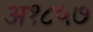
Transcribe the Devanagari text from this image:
अ१८५७